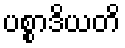
ပစ္စာဒိယတိ